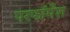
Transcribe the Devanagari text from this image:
परफॉमेंश